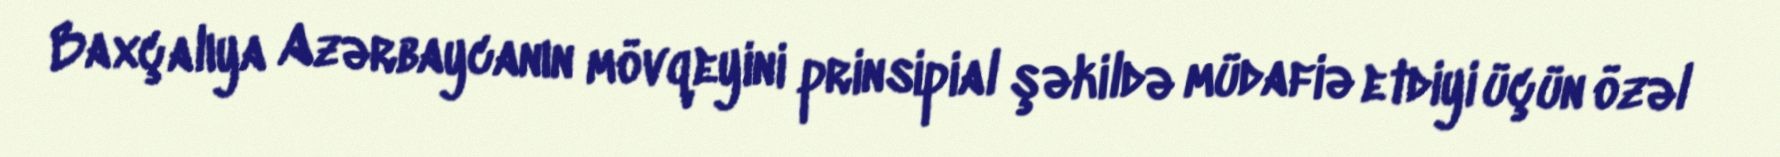
Baxçalıya Azərbaycanın mövqeyini prinsipial şəkildə müdafiə etdiyi üçün özəl